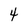
Character: 4